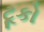
ટૂકો